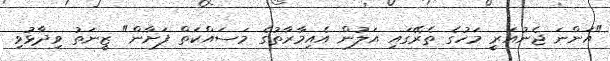
"އަންނަ ޖެނުއަރީ މަހުގެ ތެރޭގައި އަލުން އެއިމާރާތުގެ މަސައްކަތް ފަށާން" ޒީނަތު ވިދާޅުވި